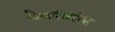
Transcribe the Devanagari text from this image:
वैज्ञानिकरीत्या